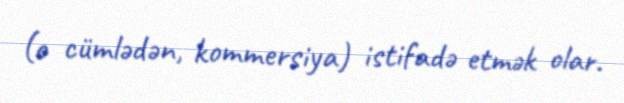
(o cümlədən, kommersiya) istifadə etmək olar.